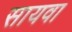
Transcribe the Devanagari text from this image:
सायवा